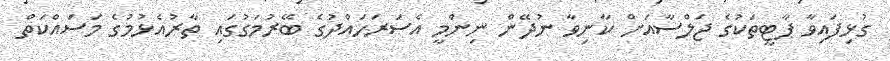
ގުޅިފައިވާ ޕާޓީތަކުގެ ޖަލްސާއަށް ކާނިވާ ނުދޭން ނިންމީ އެސަރަހައްދުގެ ބޭރުމަގުގައި ތާރުއެޅުމުގެ މަސައްކަތް